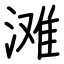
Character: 滩